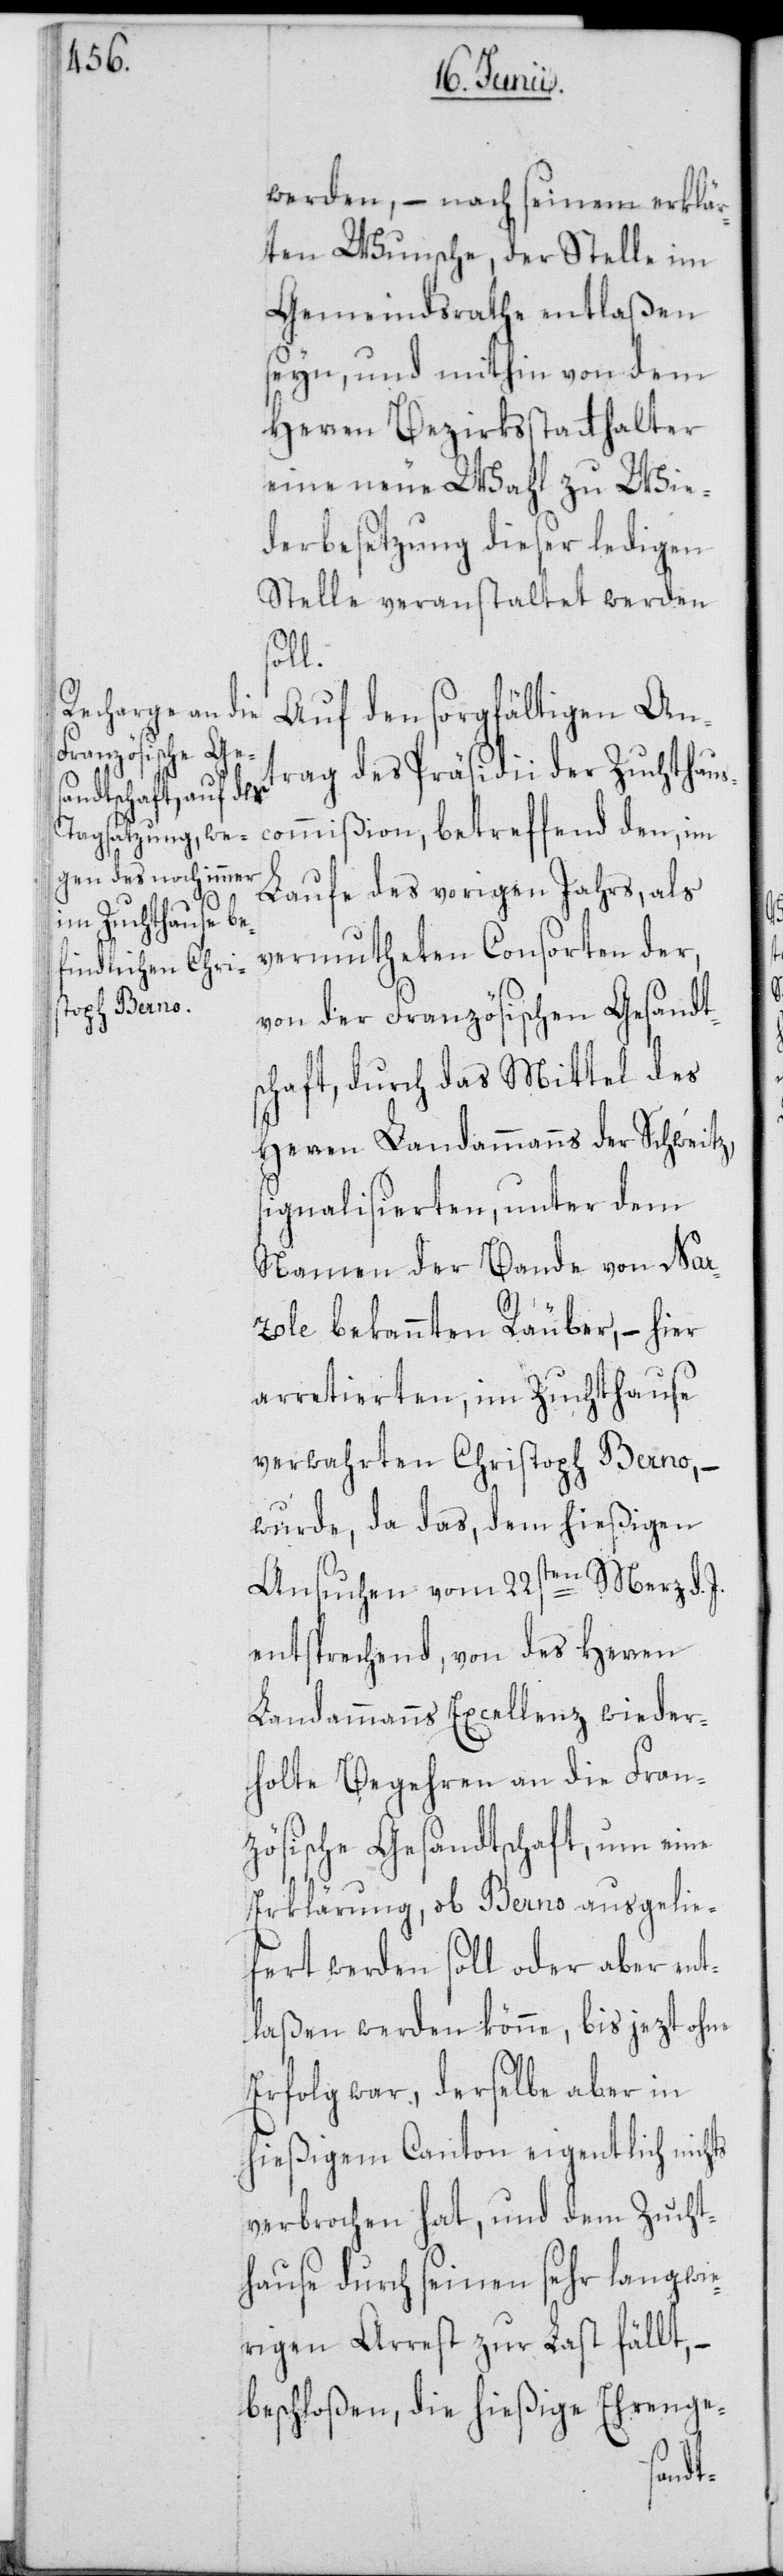
werden, – nach seinem erklär¬
ten Wunsche, der Stelle im
Gemeindrathe entlaßen
seyn, und mithin von dem
Herren Bezirksstatthalter
eine neue Wahl zu Wie¬
derbesetzung dieser ledigen
Stelle veranstaltet werden
soll.
Auf den sorgfältigen Ant¬
rag des Präsidii der Zuchthaus¬
commißion, betreffend den, im
Laufe des vorigen Jahrs, als
vermutheten Consorten der,
von der Französischen Gesandt¬
schaft, durch das Mittel des
Herren Landammanns der Schweitz,
signalisierten, unter dem
Namen der Bande von Nar¬
zole bekannten Räuber, – hier
arretierten, im Zuchthause
verwahrten Christoph Berno, –
wurde, da das, dem hießigen
Ansuchen vom 22sten Merz d.
entsprechend, von des Herren
Landammanns Excellenz wieder¬
holte Begehren an die Fran¬
zösische Gesandtschaft, um eine
Erklärung, ob Berno ausgelie¬
fert werden soll oder aber ent¬
laßen werden könne, bis jezt ohne
Erfolg war, derselbe aber in
hießigem Canton eigentlich nichts
verbrochen hat, und dem Zucht¬
hause durch seinen sehr langwie¬
rigen Arrest zur Last fällt,
beschloßen, die hießige Ehrenge-